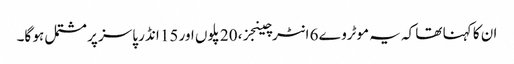
ان کا کہنا تھا کہ یہ موٹروے 6 انٹرچینجز، 20 پلوں اور 15 انڈر پاسز پر مشتمل ہو گا۔